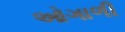
ઓગાળી